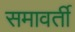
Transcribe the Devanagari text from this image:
समावर्ती